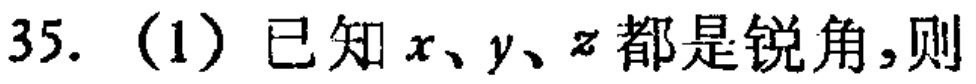
35.（1）已知\(x、y、z\)都是锐角，则